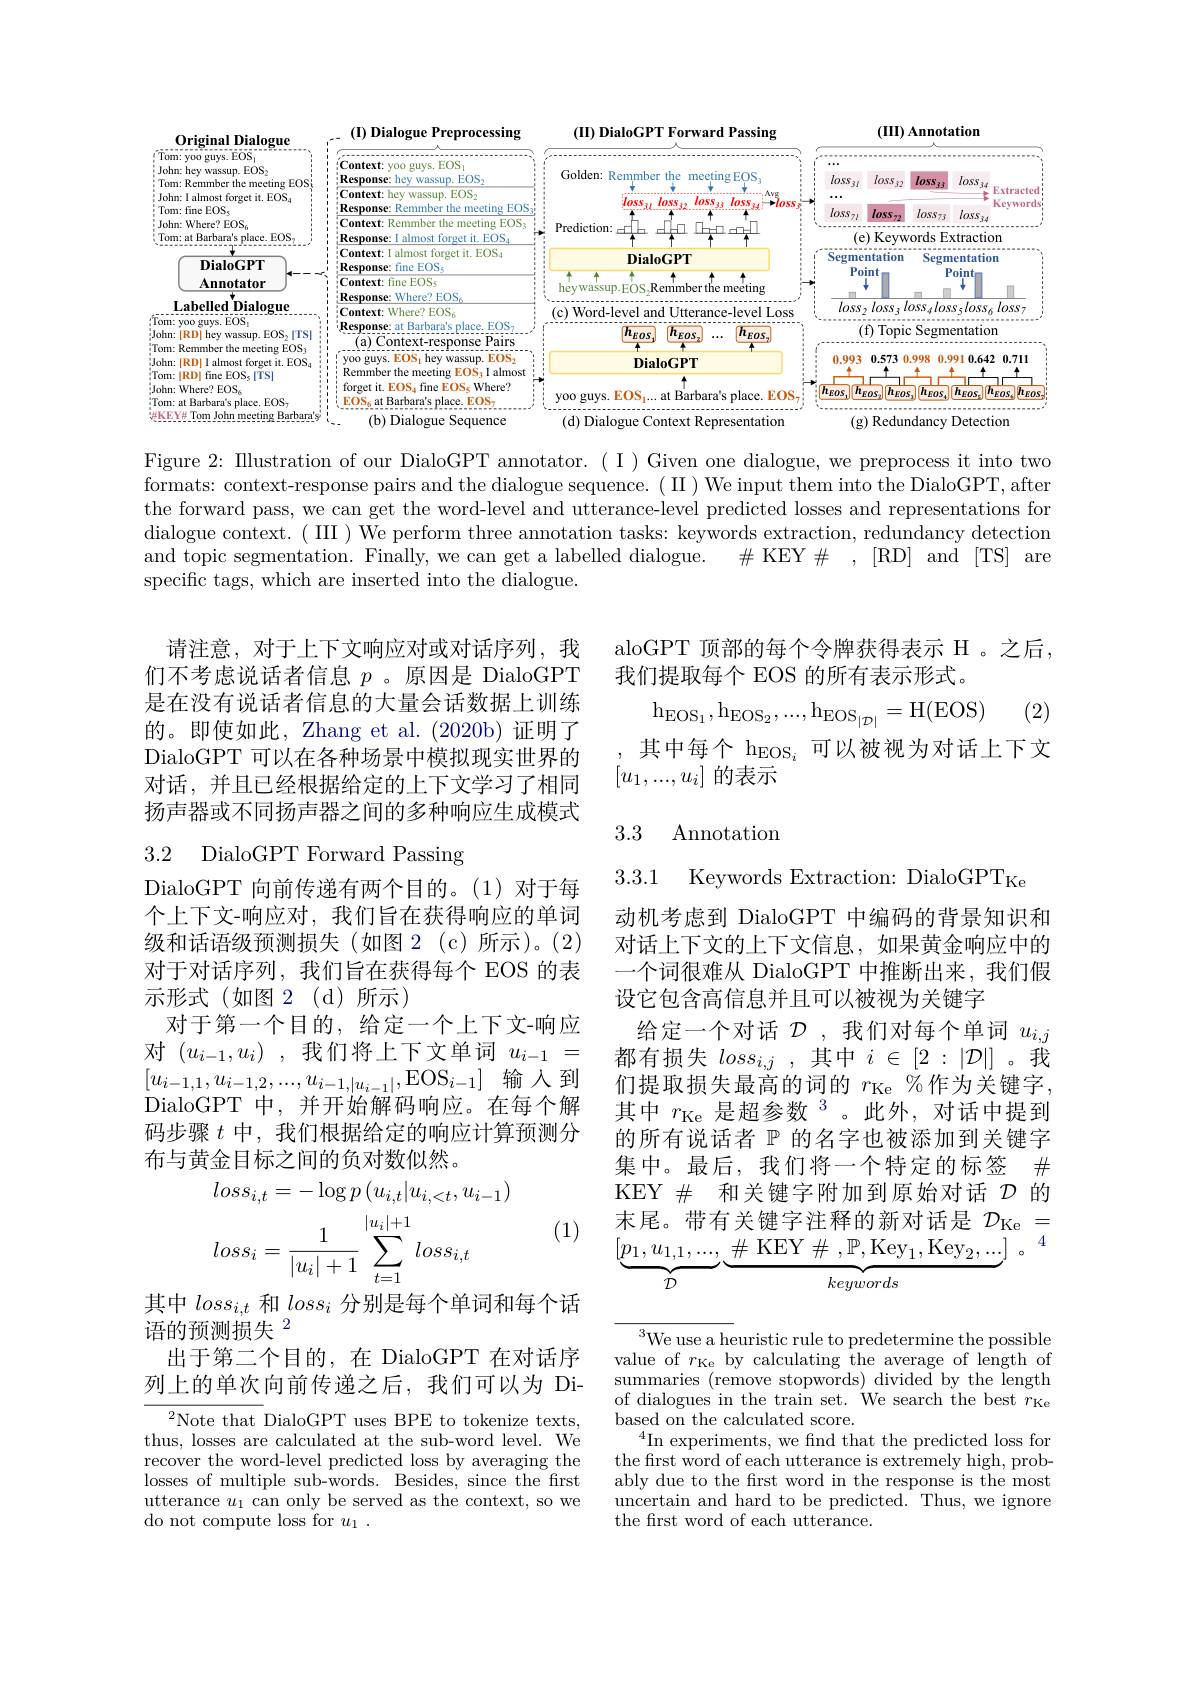
<FigureHere>

Figure 2: Illustration of our DialoGPT annotator.( I ) Given one dialogue, we preprocess it into two formats: context-response pairs and the dialogue sequence. ( II) We input them into the DialoGPT, after the forward pass, we can get the word-level and utterance-level predicted losses and representations for dialogue context. (III )We perform three annotation tasks: keywords extraction, redundancy detection and topic segmentation. Finally, we can get a labelled dialogue.
$\#$ KEY$\#$ , [RD] and [TS] are
specific tags, which are inserted into the dialogue.

aloGPT 顶部的每个令牌获得表示 H 。之后，
我们提取每个 EOS 的所有表示形式。
$$\mathrm{h}_{\mathrm{EOS}_1},\mathrm{h}_{\mathrm{EOS}_2},...,\mathrm{h}_{\mathrm{EOS}_{|\mathcal{D}|}}=\mathrm{H}(\mathrm{EOS})$$
(2)

请注意，对于上下文响应对或对话序列，我们不考虑说话者信息$p$ 。原因是 DialoGPT 是在没有说话者信息的大量会话数据上训练的。即使如此，Zhang et al. (2020b)证明了DialoGPT 可以在各种场景中模拟现实世界的对话，并且已经根据给定的上下文学习了相同扬声器或不同扬声器之间的多种响应生成模式

其中每个 h$_{\mathrm{EOS}_i}$可以被视为对话上下文
$[u_1,...,u_i]$的表示

## 3.3 Annotation

3.2 DialoGPT Forward Passing

3.3.1 Keywords Extraction: DialoGPT$_\mathrm{Ke}$

DialoGPT 向前传递有两个目的。(1)对于每个上下文-响应对，我们旨在获得响应的单词级和话语级预测损失(如图 2(c)所示)。(2) 对于对话序列，我们旨在获得每个 EOS 的表示形式(如图2(d)所示)
对于第一个目的，给定一个上下文-响应对$(u_{i-1},u_i)$ ,我们将上下文单词$u_i-1=$ $[u_{i-1,1},u_{i-1,2},...,u_{i-1,|u_{i-1}|},\mathrm{EOS}_{i-1}]$输入到DialoGPT 中，并开始解码响应。在每个解码步骤$t$中，我们根据给定的响应计算预测分布与黄金目标之间的负对数似然。

动机考虑到 DialoGPT 中编码的背景知识和对话上下文的上下文信息，如果黄金响应中的一个词很难从 DialoGPT 中推断出来，我们假设它包含高信息并且可以被视为关键字
给定一个对话$\mathcal{D}$ ,我们对每个单词$u_i,j$ 都有损失$loss_i,j$,其中$i\in[2:|\mathcal{D}|]$。我们提取损失最高的词的$r_\mathrm{Ke}$ %作为关键字， 其中$r_\mathrm{Ke}$是超参数 3。此外，对话中提到的所有说话者$\mathbb{P}$的名字也被添加到关键字集中。最后，我们将一个特定的标签$\#$ KEY $\#$和关键字附加到原始对话$\mathcal{D}$的末尾。带有关键字注释的新对话是$\mathcal{D}_\mathrm{Ke}=$
$$[\underbrace{p_{1},u_{1,1},...,}_{D}\underbrace{\#\:\mathrm{KEY}\:\#\:,\mathbb{P},\mathrm{Key}_{1},\mathrm{Key}_{2},...]}_{keywords}\text{。}^{4}$$
$$\begin{aligned}&loss_{i,t}=-\log p\left(u_{i,t}|u_{i,<t},u_{i-1}\right)\\&loss_{i}=\frac{1}{|u_{i}|+1}\sum_{t=1}^{|u_{i}|+1}loss_{i,t}\\\end{aligned}$$
(1)

其中$loss_{i,t}$和$loss_i$分别是每个单词和每个话
$\dot{\text{语的预测损失 }}^{\text{“},\text{”}}$
出于第二个目的，在 DialoGPT 在对话序列上的单次向前传递之后，我们可以为 Di-

${}^{3}$We use a heuristic rule to predetermine the possible value of $r_\mathrm{Ke}$ by calculating the average of length of summaries (remove stopwords) divided by the length of dialogues in the train set. 'We search the best $r_\mathrm{Ke}$ based on the calculated score.
$^{4}$In experiments, we find that the predicted loss for the first word of each utterance is extremely high, probably due to the first word in the response is the most uncertain and hard to be predicted. Thus, we ignore the frst word of each utterance.

${}^{2}$Note that DialoGPT uses BPE to tokenize texts, thus, losses are calculated at the sub-word level. We recover the word-level predicted loss by averaging the losses of multiple sub-words. Besides, since the frst utterance $u_1$ can only be served as the context, so we do not compute loss for $u_1.$